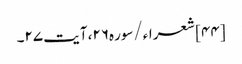
[۴۴] شعراء/سوره۲۶، آیت ۲۷۔